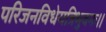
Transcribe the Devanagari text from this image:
परिजनविधेयत्रिभुवनः।।